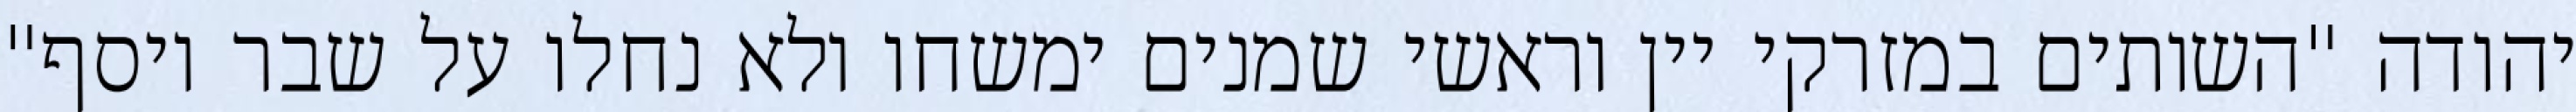
יהודה "השותים במזרקי יין וראשי‏ שמנים ימשחו ולא נחלו על שבר יוסף"